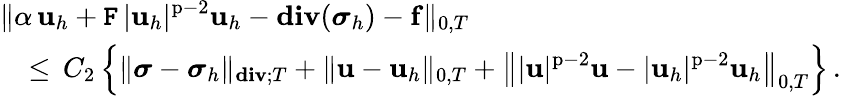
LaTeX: \begin{array}{l}{\displaystyle\| \alpha\, \mathbf{u}_{h}+\mathtt{F}\, |\mathbf{u}_{h}|^{\mathrm{p}-2}\mathbf{u}_{h}-\mathbf{div}({\boldsymbol\sigma}_{h})-\mathbf{f}\| _{0,T}}\\ {\displaystyle\quad\leq\, C_{2}\, \Big\{ \| {\boldsymbol\sigma}-{\boldsymbol\sigma}_{h}\| _{\mathbf{div};T}+\| \mathbf{u}-\mathbf{u}_{h}\| _{0,T}+\big\| |\mathbf{u}|^{\mathrm{p}-2}\mathbf{u}-|\mathbf{u}_{h}|^{\mathrm{p}-2}\mathbf{u}_{h}\big\| _{0,T}\Big\} \, .}\end{array}